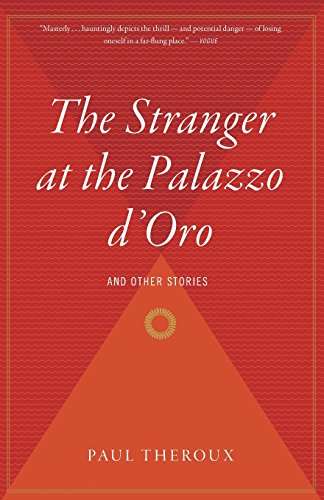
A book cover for The Stranger at the Palazzo d'Oro; Paul Theroux; Romance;